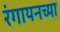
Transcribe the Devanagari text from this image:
रंगायनच्या